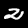
Digit: 2